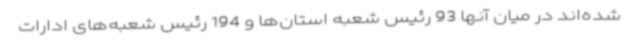
شده‌اند در میان آنها 93 رئیس شعبه استان‌ها و 194 رئیس شعبه‌های ادارات